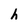
Character: h